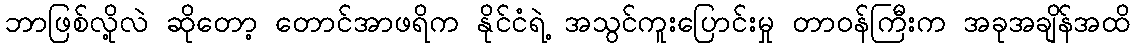
ဘာဖြစ်လို့လဲ ဆိုတော့ တောင်အာဖရိက နိုင်ငံရဲ့ အသွင်ကူးပြောင်းမှု တာဝန်ကြီးက အခုအချိန်အထိ